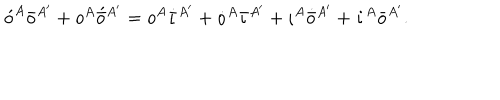
\acute { o } ^ { A } \bar { o } ^ { A ^ { \prime } } + o ^ { A } \acute { \bar { o } } { } ^ { A ^ { \prime } } = o ^ { A } \dot { \bar { \iota } } { } ^ { A ^ { \prime } } + \dot { o } ^ { A } \bar { \iota } { } ^ { A ^ { \prime } } + \iota ^ { A } \dot { \bar { o } } { } ^ { A ^ { \prime } } + \dot { \iota } ^ { A } \bar { o } { } ^ { A ^ { \prime } } .